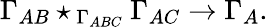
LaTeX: \Gamma_{AB}\star_{\, \Gamma_{ABC}}\Gamma_{AC}\rightarrow\Gamma_{A}.